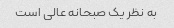
به نظر یک صبحانه عالی است